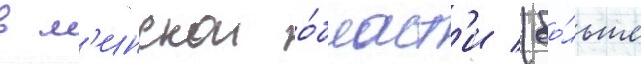
в м'инскои о́бласт'и (бо́льше